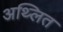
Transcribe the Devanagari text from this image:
अथ्लित